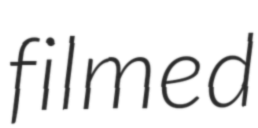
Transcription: filmed